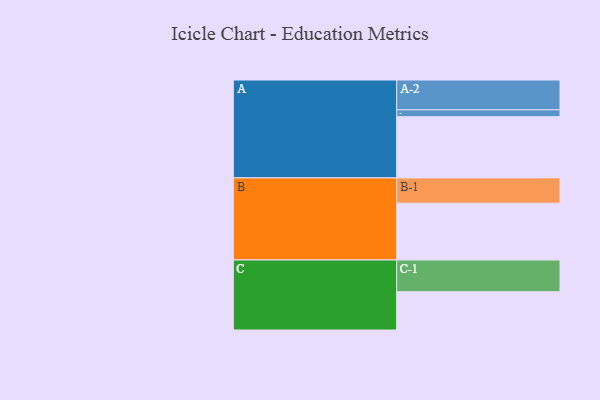
{"axis": {"x": "Segment", "y": "Value"}, "legend": ["", "A", "B", "C"], "data": [{"x": "A", "y": 542, "type": ""}, {"x": "B", "y": 503, "type": ""}, {"x": "C", "y": 339, "type": ""}, {"x": "A-1", "y": 61, "type": "A"}, {"x": "A-2", "y": 264, "type": "A"}, {"x": "B-1", "y": 224, "type": "B"}, {"x": "C-1", "y": 281, "type": "C"}]}